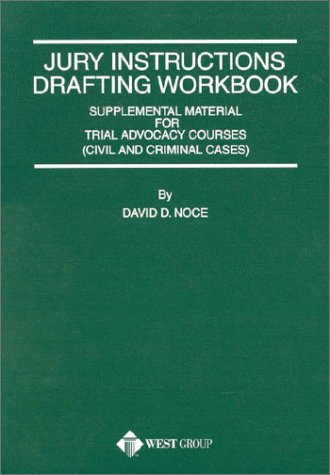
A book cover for Noce's Jury Instructions Drafting Workbook (American Casebook SeriesÂ®); David Noce; Law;